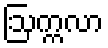
ဩက္ကလာ